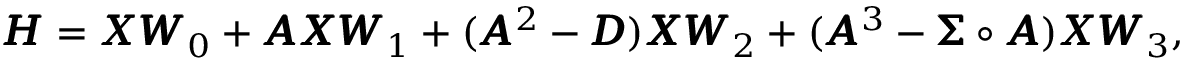
\begin{array} { r } { \pmb { H } = \pmb { X } \pmb { W } _ { 0 } + \pmb { A } \pmb { X } \pmb { W } _ { 1 } + ( \pmb { A } ^ { 2 } - \pmb { D } ) \pmb { X } \pmb { W } _ { 2 } + ( \pmb { A } ^ { 3 } - \pmb { \Sigma } \circ \pmb { A } ) \pmb { X } \pmb { W } _ { 3 } , } \end{array}